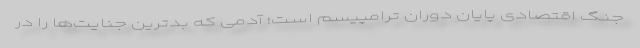
جنگ اقتصادی پایان دوران ترامپیسم است؛ آدمی که بدترین جنایت‌ها را در